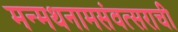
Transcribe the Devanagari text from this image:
मन्मथनामसंवत्सराची